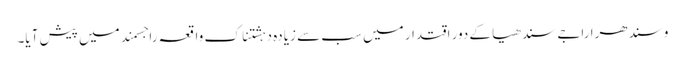
وسندھرا راجے سندھیا کے دورِ اقتدار میں سب سے زیادہ دہشتناک واقعہ راجسمند میں پیش آیا۔